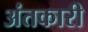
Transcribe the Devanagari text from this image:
अंतकारी